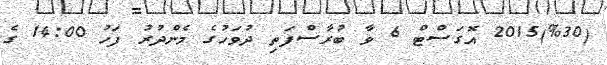
(%30)2015 އޮގަސްޓް 6 ވާ ބުރާސްފަތި ދުވަހުގެ މެންދުރު ފަހު 14:00 ގެ